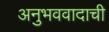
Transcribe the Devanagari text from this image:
अनुभववादाची